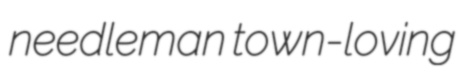
needleman town-loving